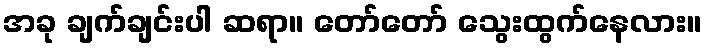
အခု ချက်ချင်းပါ ဆရာ။ တော်တော် သွေးထွက်နေလား။